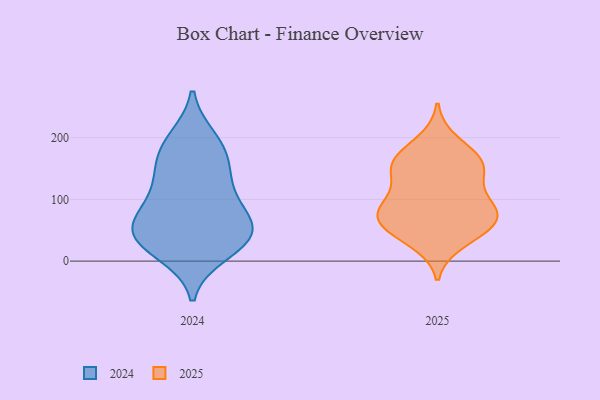
{"axis": {"x": "Temperature (°C)", "y": "Value"}, "legend": ["2024", "2025"], "data": [{"x": "", "y": 162, "type": "2025"}, {"x": "", "y": 47, "type": "2025"}, {"x": "", "y": 49, "type": "2025"}, {"x": "", "y": 161, "type": "2025"}, {"x": "", "y": 144, "type": "2025"}, {"x": "", "y": 71, "type": "2025"}, {"x": "", "y": 71, "type": "2025"}, {"x": "", "y": 31, "type": "2025"}, {"x": "", "y": 97, "type": "2025"}, {"x": "", "y": 162, "type": "2025"}, {"x": "", "y": 83, "type": "2025"}, {"x": "", "y": 194, "type": "2025"}, {"x": "", "y": 151, "type": "2025"}, {"x": "", "y": 117, "type": "2025"}, {"x": "", "y": 72, "type": "2025"}, {"x": "", "y": 80, "type": "2025"}, {"x": "", "y": 46, "type": "2024"}, {"x": "", "y": 30, "type": "2024"}, {"x": "", "y": 139, "type": "2024"}, {"x": "", "y": 170, "type": "2024"}, {"x": "", "y": 187, "type": "2024"}, {"x": "", "y": 14, "type": "2024"}, {"x": "", "y": 135, "type": "2024"}, {"x": "", "y": 89, "type": "2024"}, {"x": "", "y": 197, "type": "2024"}, {"x": "", "y": 33, "type": "2024"}, {"x": "", "y": 63, "type": "2024"}, {"x": "", "y": 50, "type": "2024"}, {"x": "", "y": 49, "type": "2024"}, {"x": "", "y": 97, "type": "2024"}]}